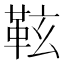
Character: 䩙